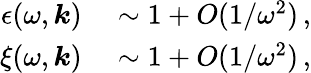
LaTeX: \begin{array}{rl}{\epsilon(\omega,\boldsymbol{k})}&{{}\sim 1+O(1/\omega^{2})\, ,}\\ {\xi(\omega,\boldsymbol{k})}&{{}\sim 1+O(1/\omega^{2})\, ,}\end{array}